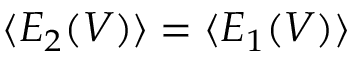
\langle E _ { 2 } ( V ) \rangle = \langle E _ { 1 } ( V ) \rangle